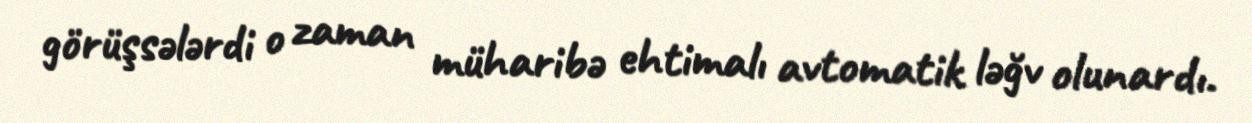
görüşsələrdi o zaman müharibə ehtimalı avtomatik ləğv olunardı.